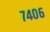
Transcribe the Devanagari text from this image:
७४०६